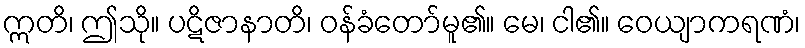
ဣတိ၊ ဤသို။ ပဋိဇာနာတိ၊ ဝန်ခံတော်မူ၏။ မေ၊ ငါ၏။ ဝေယျာကရဏံ၊